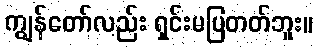
ကျွန်တော်လည်း ရှင်းမပြတတ်ဘူး။